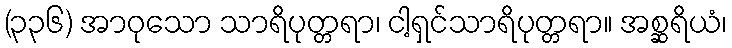
(၃၃၆) အာဝုသော သာရိပုတ္တရာ၊ ငါ့ရှင်သာရိပုတ္တရာ။ အစ္ဆရိယံ၊